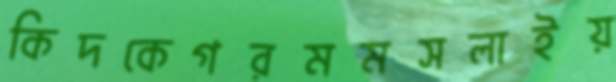
কিদকেগরমমসলাইয়